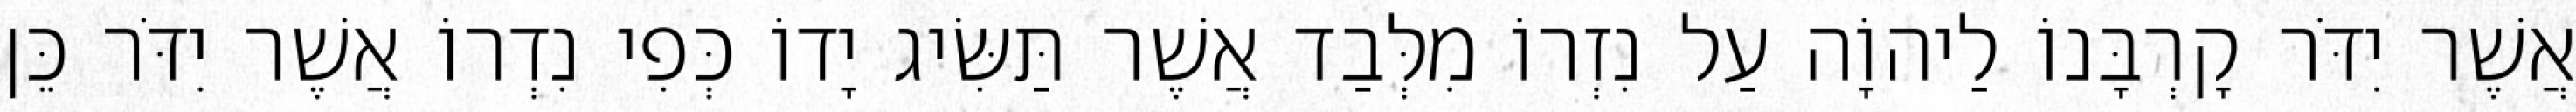
אֲשֶׁר יִדֹּר קָרְבָּנוֹ לַיהוָֹה עַל נִזְרוֹ מִלְּבַד אֲשֶׁר תַּשִּׂיג יָדוֹ כְּפִי נִדְרוֹ אֲשֶׁר יִדֹּר כֵּן